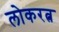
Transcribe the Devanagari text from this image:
लोकरत्न